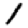
Digit: 1